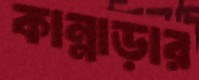
কান্নাড়ার